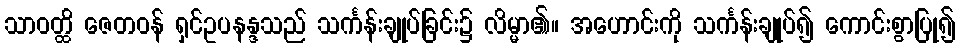
သာဝတ္ထိ ဇေတဝန် ရှင်ဥပနန္ဒသည် သင်္ကန်းချုပ်ခြင်း၌ လိမ္မာ၏။ အဟောင်းကို သင်္ကန်းချုပ်၍ ကောင်းစွာပြု၍